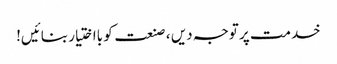
خدمت پر توجہ دیں ، صنعت کو بااختیار بنائیں!